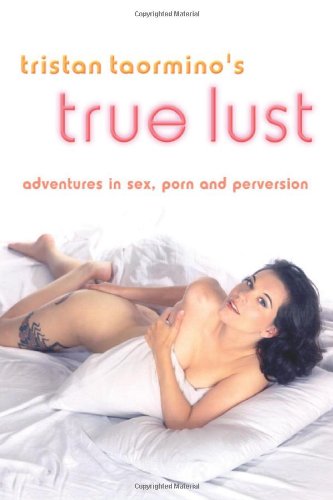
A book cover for Tristan Taormino's True Lust: Adventures in Sex, Porn, and Perversion; Tristan Taormino; Romance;